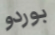
بوردو